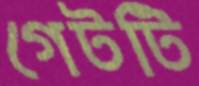
গেটটি